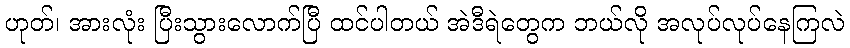
ဟုတ်၊ အားလုံး ပြီးသွားလောက်ပြီ ထင်ပါတယ် အဲဒီရဲတွေက ဘယ်လို အလုပ်လုပ်နေကြလဲ